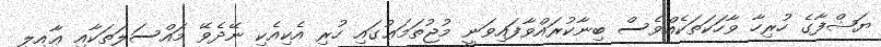
ޔަޝްފާގެ ހުރިހާ ވާހަކަތަކެއްވެސް ބިނާކުރައްވާފައިވަނީ މުޖުތަމަޢުގައި ހުރި އެކިއެކި ނޭދެވޭ މައްސަލަތަކާއި ޢާއިލީ